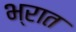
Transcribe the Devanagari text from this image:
भ्रात